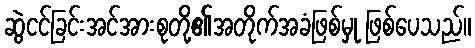
ဆွဲငင်ခြင်းအင်အားစုတို့၏အတိုက်အခံဖြစ်မှု ဖြစ်ပေသည်။